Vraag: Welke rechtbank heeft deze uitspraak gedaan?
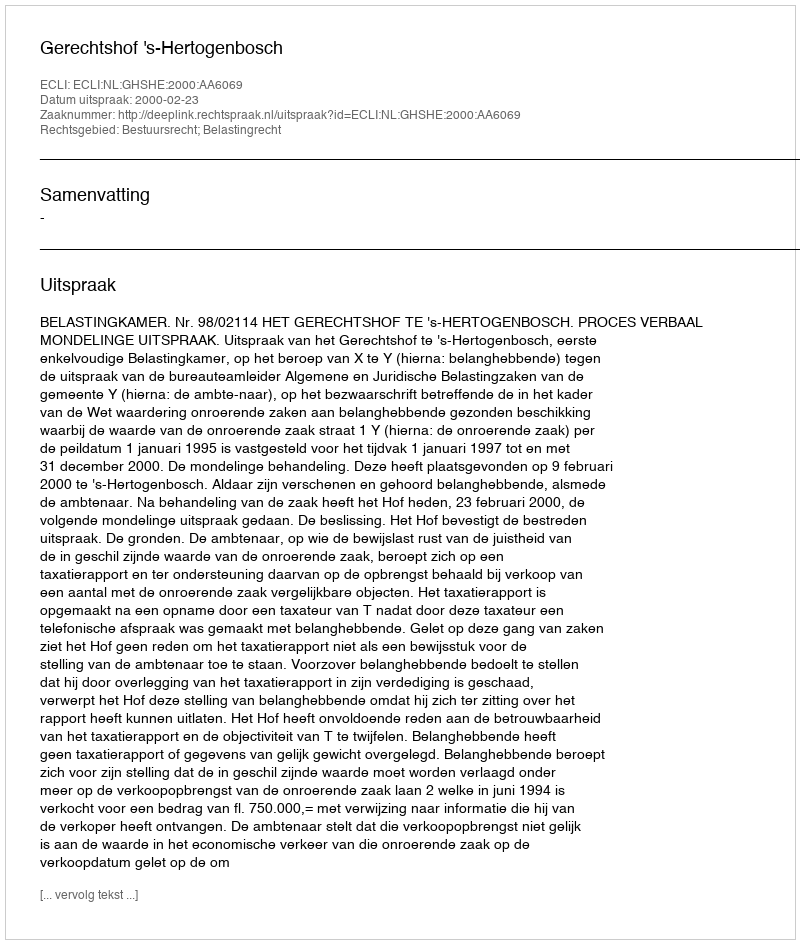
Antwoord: Gerechtshof 's-Hertogenbosch